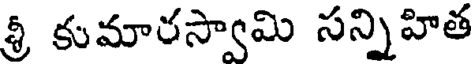
శ్రీ కుమారస్వామి సన్నిహిత